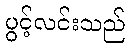
ပွင့်လင်းသည်